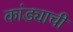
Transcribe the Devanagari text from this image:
कांड्याची